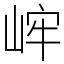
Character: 㟉